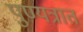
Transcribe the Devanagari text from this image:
पुण्यत्रात